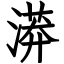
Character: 漭